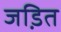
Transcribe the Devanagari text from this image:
जडि़त